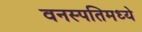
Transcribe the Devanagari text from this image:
वनस्पतिमध्ये